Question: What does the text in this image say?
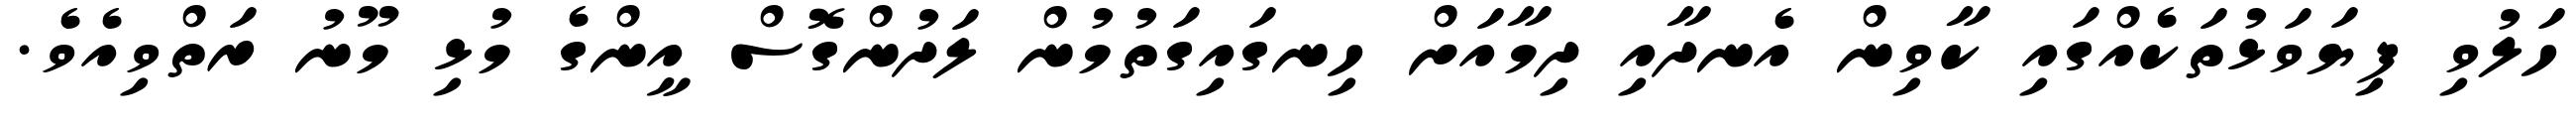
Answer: ހަލުވި ފިޔަވަޅުތަކެއްގައި ކާވިން އެނދާއި ދިމާއަށް ހިނގައިގަތުމުން ލަދުންގޮސް އީންގެ މުޅި މޫނު ރަތްވިއެވެ.